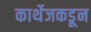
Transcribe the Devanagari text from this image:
कार्थेजकडून